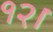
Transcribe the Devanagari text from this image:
१२।